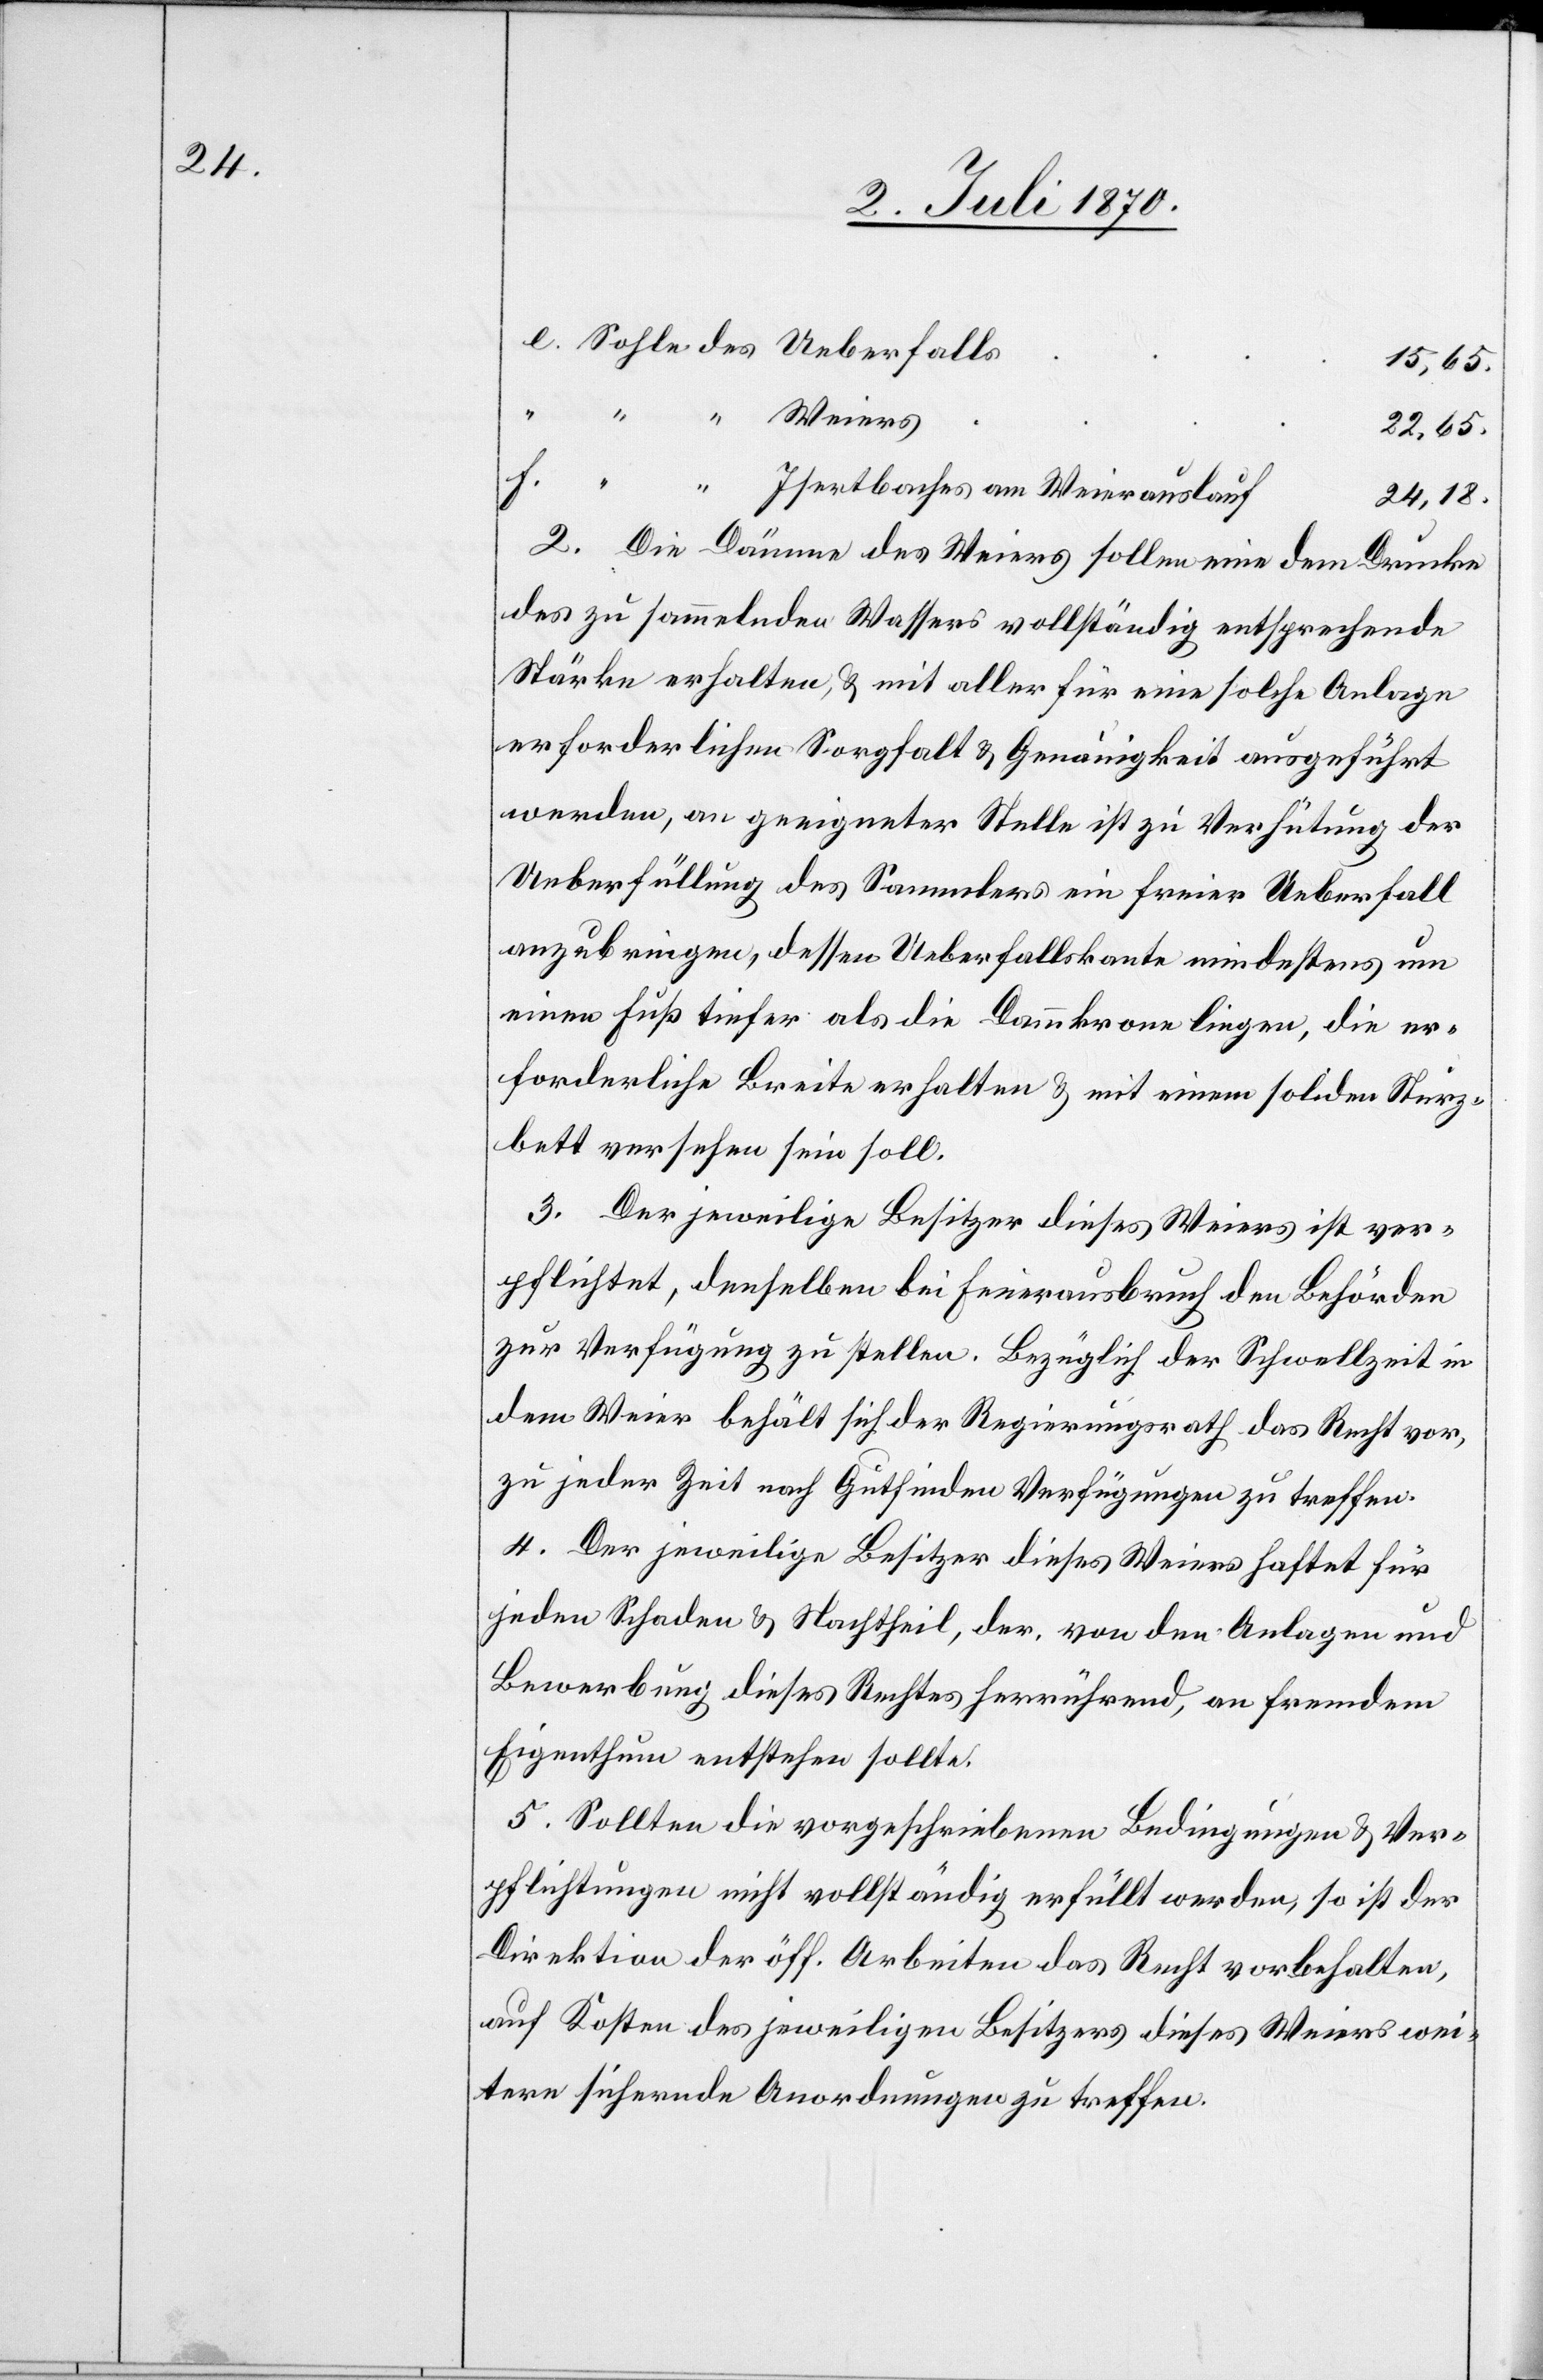
15,65.
22,65.
24,18.
2. Die Dämme des Weiers sollen eine dem Drucke
des zu sammelnden Wassers vollständig entsprechende
Stärke erhalten, & mit aller für eine solche Anlage
erforderlichen Sorgfalt & Genauigkeit ausgeführt
werden, an geeigneter Stelle ist zu Verhütung der
Ueberfüllung des Sammlers ein freier Ueberfall
anzubringen, dessen Ueberfallskante mindestens um
einen Fuß tiefer als die Dammkrone liegen, die er¬
forderliche Breite erhalten & mit einem soliden Sturz¬
bett versehen sein soll.
3. Der jeweilige Besitzer dieses Weiers ist ver¬
pflichtet, denselben bei Feuerausbruch den Behörden
zur Verfügung zu stellen. Bezüglich der Schwellzeit in
dem Weier behält sich der Regierungsrath das Recht vor,
zu jeder Zeit nach Gutfinden Verfügungen zu treffen.
4. Der jeweilige Besitzer dieses Weiers haftet für
jeden Schaden & Nachteil, der, von den Anlagen und
Bewerbung dieses Rechtes herrührend, an fremdem
Eigenthum entstehen sollte.
5. Sollten die vorgeschriebenen Bedingungen & Ver¬
pflichtungen nicht vollständig erfüllt werden, so ist der
Direktion der öff. Arbeiten das Recht vorbehalten,
auf Kosten des jeweiligen Besitzers dieses Weiers wei¬
tere sichernde Anordnungen zu treffen.